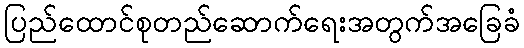
ပြည်ထောင်စုတည်ဆောက်ရေးအတွက်အခြေခံ